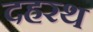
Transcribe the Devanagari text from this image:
दहरथ